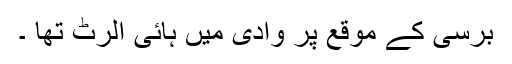
برسی کے موقع پر وادی میں ہائی الرٹ تھا ۔